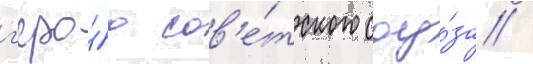
г'еро́ю сов'е́тского соу́за /